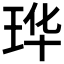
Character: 𮴔